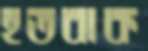
হতবাক